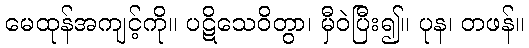
မေထုန်အကျင့်ကို။ ပဋိသေဝိတွာ၊ မှီဝဲပြီး၍။ ပုန၊ တဖန်။